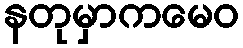
နတုမှာကမေဝ